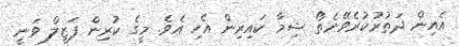
އެއިން ދަތުރުކުރެވޭނެތޯ ޝިމާ ކައިރިން އެހި އެވެ. މީގެ ކުރިން ފަޒީލް ވަނީ